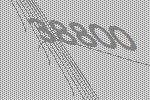
38800